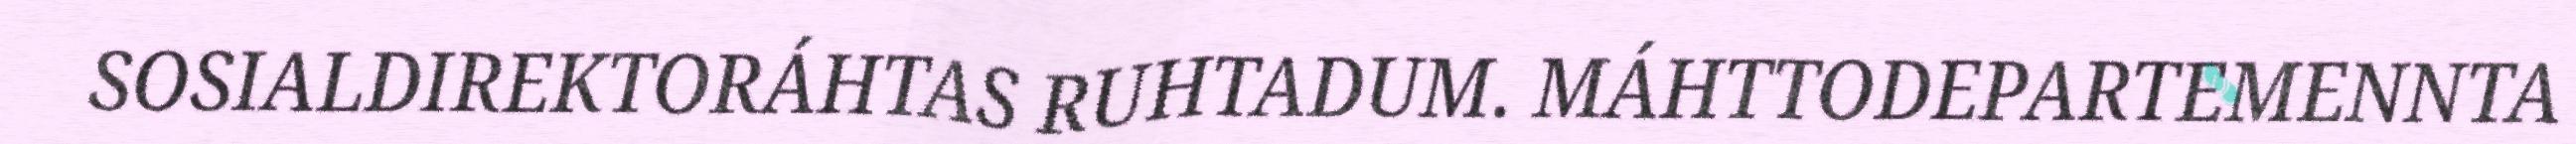
SOSIALDIREKTORÁHTAS RUHTADUM. MÁHTTODEPARTEMENNTA